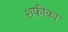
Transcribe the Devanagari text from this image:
शफीका